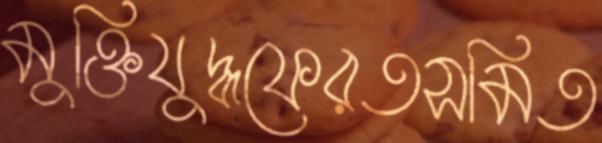
মুক্তিযুদ্ধফেরতসমিত